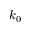
k _ { 0 }